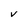
Character: V